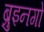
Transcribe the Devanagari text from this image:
ब्रुइनगो